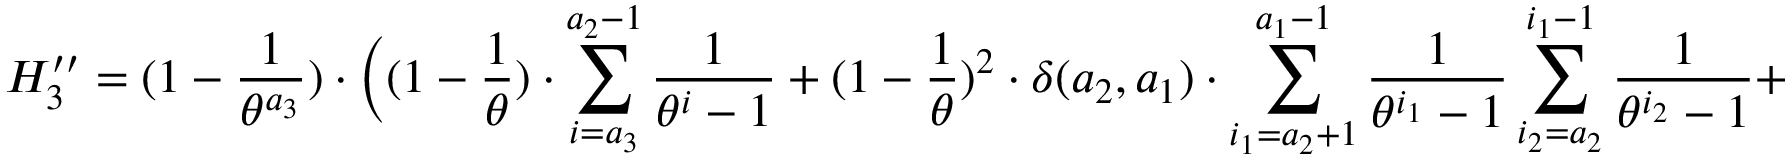
H _ { 3 } ^ { \prime \prime } = ( 1 - \frac { 1 } { \theta ^ { a _ { 3 } } } ) \cdot \Big ( ( 1 - \frac { 1 } { \theta } ) \cdot \sum _ { i = a _ { 3 } } ^ { a _ { 2 } - 1 } \frac { 1 } { \theta ^ { i } - 1 } + ( 1 - \frac { 1 } { \theta } ) ^ { 2 } \cdot \delta ( a _ { 2 } , a _ { 1 } ) \cdot \sum _ { i _ { 1 } = a _ { 2 } + 1 } ^ { a _ { 1 } - 1 } \frac { 1 } { \theta ^ { i _ { 1 } } - 1 } \sum _ { i _ { 2 } = a _ { 2 } } ^ { i _ { 1 } - 1 } \frac { 1 } { \theta ^ { i _ { 2 } } - 1 } +